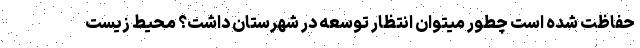
حفاظت شده است چطور میتوان انتظار توسعه در شهرستان داشت؟ محیط زیست